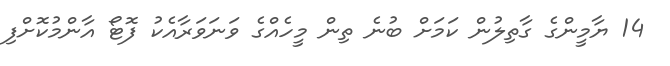
14 ޔާމީންގެ ގާތިލުން ކަމަށް ބުނެ ތިން މީހެއްގެ ވަނަވަރާއެކު ފޮޓޯ އާންމުކޮށްފި